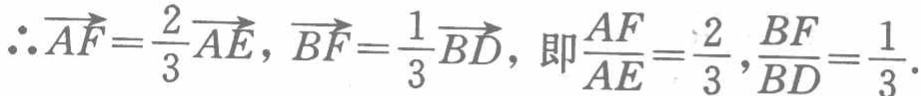
\(\therefore \overrightarrow{AF}=\frac{2}{3}\overrightarrow{AE},\overrightarrow{BF}=\frac{1}{3}\overrightarrow{BD},\text{ 即 }\frac{AF}{AE}=\frac{2}{3},\frac{BF}{BD}=\frac{1}{3}.\)